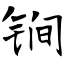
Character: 锏